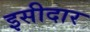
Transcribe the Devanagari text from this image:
इसीदार